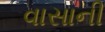
વાસાની